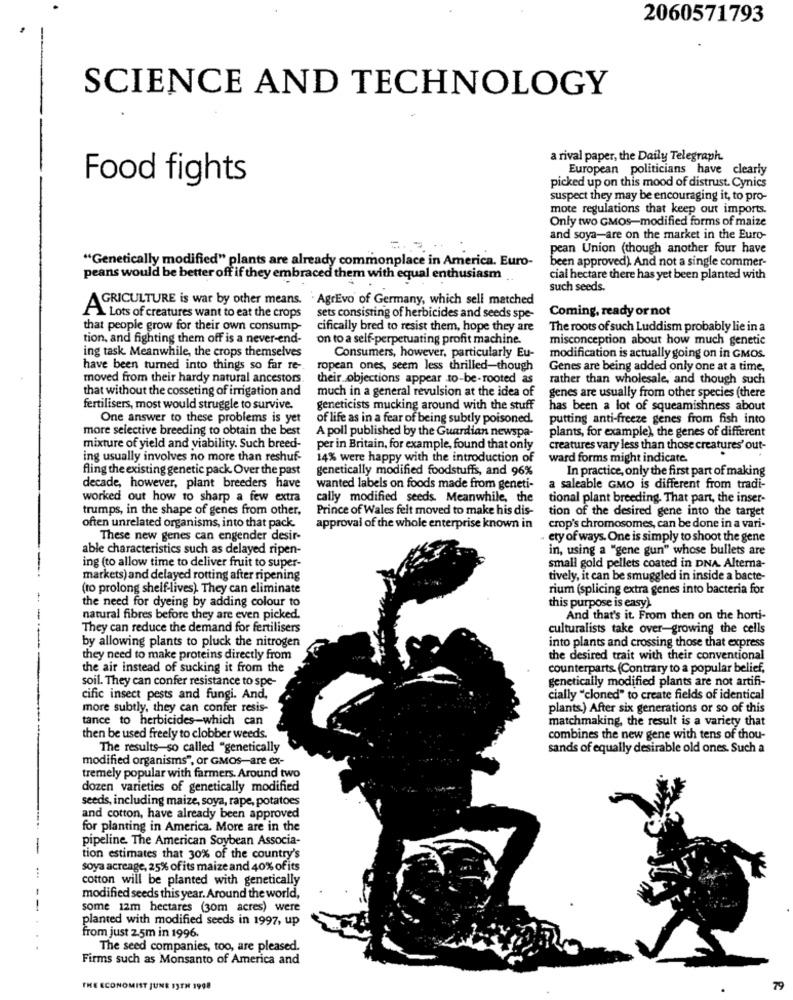
2060571793
SCIENCE AND TECHNOLOGY
a rival paper, the Daily Telegraph.
European politicians have clearly
Food fights
picked up on this mood of distrust. Cynics
suspect they may be encouraging it, to pro-
mote regulations that keep out imports.
Only two GMOS-modified forms of maize
and soya-are on the market in the Euro-
pean Union (though another four have
"Genetically modified" plants are already commonplace in America. Euro-
been approved). And not a single commer-
peans would be better off if they embraced them with equal enthusiasm
cial hectare there has yet been planted with
such seeds.
AGRICULTURE is war by other means.
` AgrEvo of Germany, which sell matched
Coming, ready or not
A Lots of creatures want to eat the crops
sets consisting of herbicides and seeds spe-
that people grow for their own consump-
cifically bred to resist them, hope they are
The roots of such Luddism probably lie in a
tion, and fighting them off is a never-end-
on to a self-perpetuating profit machine.
misconception about how much genetic
ing task. Meanwhile, the crops themselves
Consumers, however, particularly Eu-
modification is actually going on in GMOS.
have been turned into things so far re -.
ropean ones, seem less thrilled-though
Genes are being added only one at a time,
moved from their hardy natural ancestors.
their objections appear to-be-rooted as
rather than wholesale, and though such
that without the cosseting of irrigation and
much in a general revulsion at the idea of
genes are usually from other species (there
fertilisers, most would struggle to survive.
geneticists mucking around with the stuff
has been a lot of squeamishness about
One answer to these problems is yet
of life as in a fear of being subtly poisoned.
putting anti-freeze genes from fish into
more selective breeding to obtain the best
plants, for example), the genes of different
A poll published by the Guardian newspa-
mixture of yield and viability. Such breed-
per in Britain, for example, found that only
creatures vary less than those creatures' out-
ing usually involves no more than reshuf-
14% were happy with the introduction of
ward forms might indicate.
fling the existing genetic pack. Over the past
genetically modified foodstuffs, and 96%
In practice, only the first part of making
decade, however, plant breeders have
wanted labels on foods made from geneti-
a saleable GMO is different from tradi-
worked out how to sharp a few extra
cally modified seeds. Meanwhile, the
tional plant breeding. That part, the inser-
trumps, in the shape of genes from other,
Prince of Wales felt moved to make his dis-
tion of the desired gene into the target
often unrelated organisms, into that pack.
approval of the whole enterprise known in
crop's chromosomes, can be done in a vari-
These new genes can engender desir-
. ety of ways. One is simply to shoot the gene
able characteristics such as delayed ripen-
in, using a "gene gun" whose bullets are
ing (to allow time to deliver fruit to super-
small gold pellets coated in DNA. Alterna-
markets) and delayed rotting after ripening
tively, it can be smuggled in inside a bacte-
(ro prolong shelf-lives). They can eliminate
rium (splicing extra genes into bacteria for
the need for dyeing by adding colour to
this purpose is easy).
natural fibres before they are even picked.
And that's it. From then on the horti-
They can reduce the demand for fertilisers
culturalists take over-growing the cells
by allowing plants to pluck the nitrogen
into plants and crossing those that express
they need to make proteins directly from
the desired trait with their conventional
the air instead of sucking it from the
counterparts (Contrary to a popular belief,
soil. They can confer resistance to spe-
genetically modified plants are not artifi-
cific insect pests and fungi. And.
cially "cloned" to create fields of identical
more subtly, they can confer resis-
plants.) After six generations or so of this
tance to herbicides-which can
matchmaking, the result is a variety that
then be used freely to clobber weeds.
combines the new gene with tens of thou-
The results-so called "genetically
sands of equally desirable old ones. Such a
modified organisms", or GMos-are ex-
tremely popular with farmers. Around two
dozen varieties of genetically modified
seeds, including maize, soya, rape, potatoes
and cotton, have already been approved
for planting in America. More are in the
pipeline. The American Soybean Associa-
tion estimates that 30% of the country's
soya acreage, 25% of its maize and 40% of its
cotton will be planted with genetically
modified seeds this year. Around the world,
some 12m hectares (30m acres) were
planted with modified seeds in 1997, up
from just 2.5m in 1996.
The seed companies, too, are pleased.
Firms such as Monsanto of America and
THE ECONOMIST JUNE 13TH 1998
79